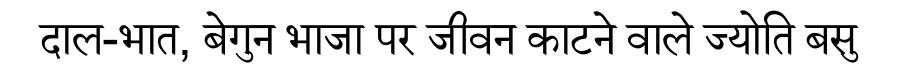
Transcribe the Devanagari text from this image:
दाल-भात, बेगुन भाजा पर जीवन काटने वाले ज्योति बसु